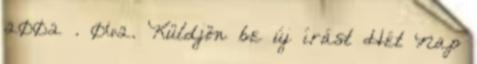
2002 . 062. Küldjön be új írást Hét Nap